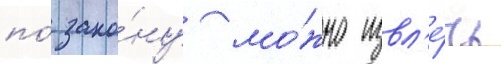
по́ зако́ну мо́жно извл'е́чь